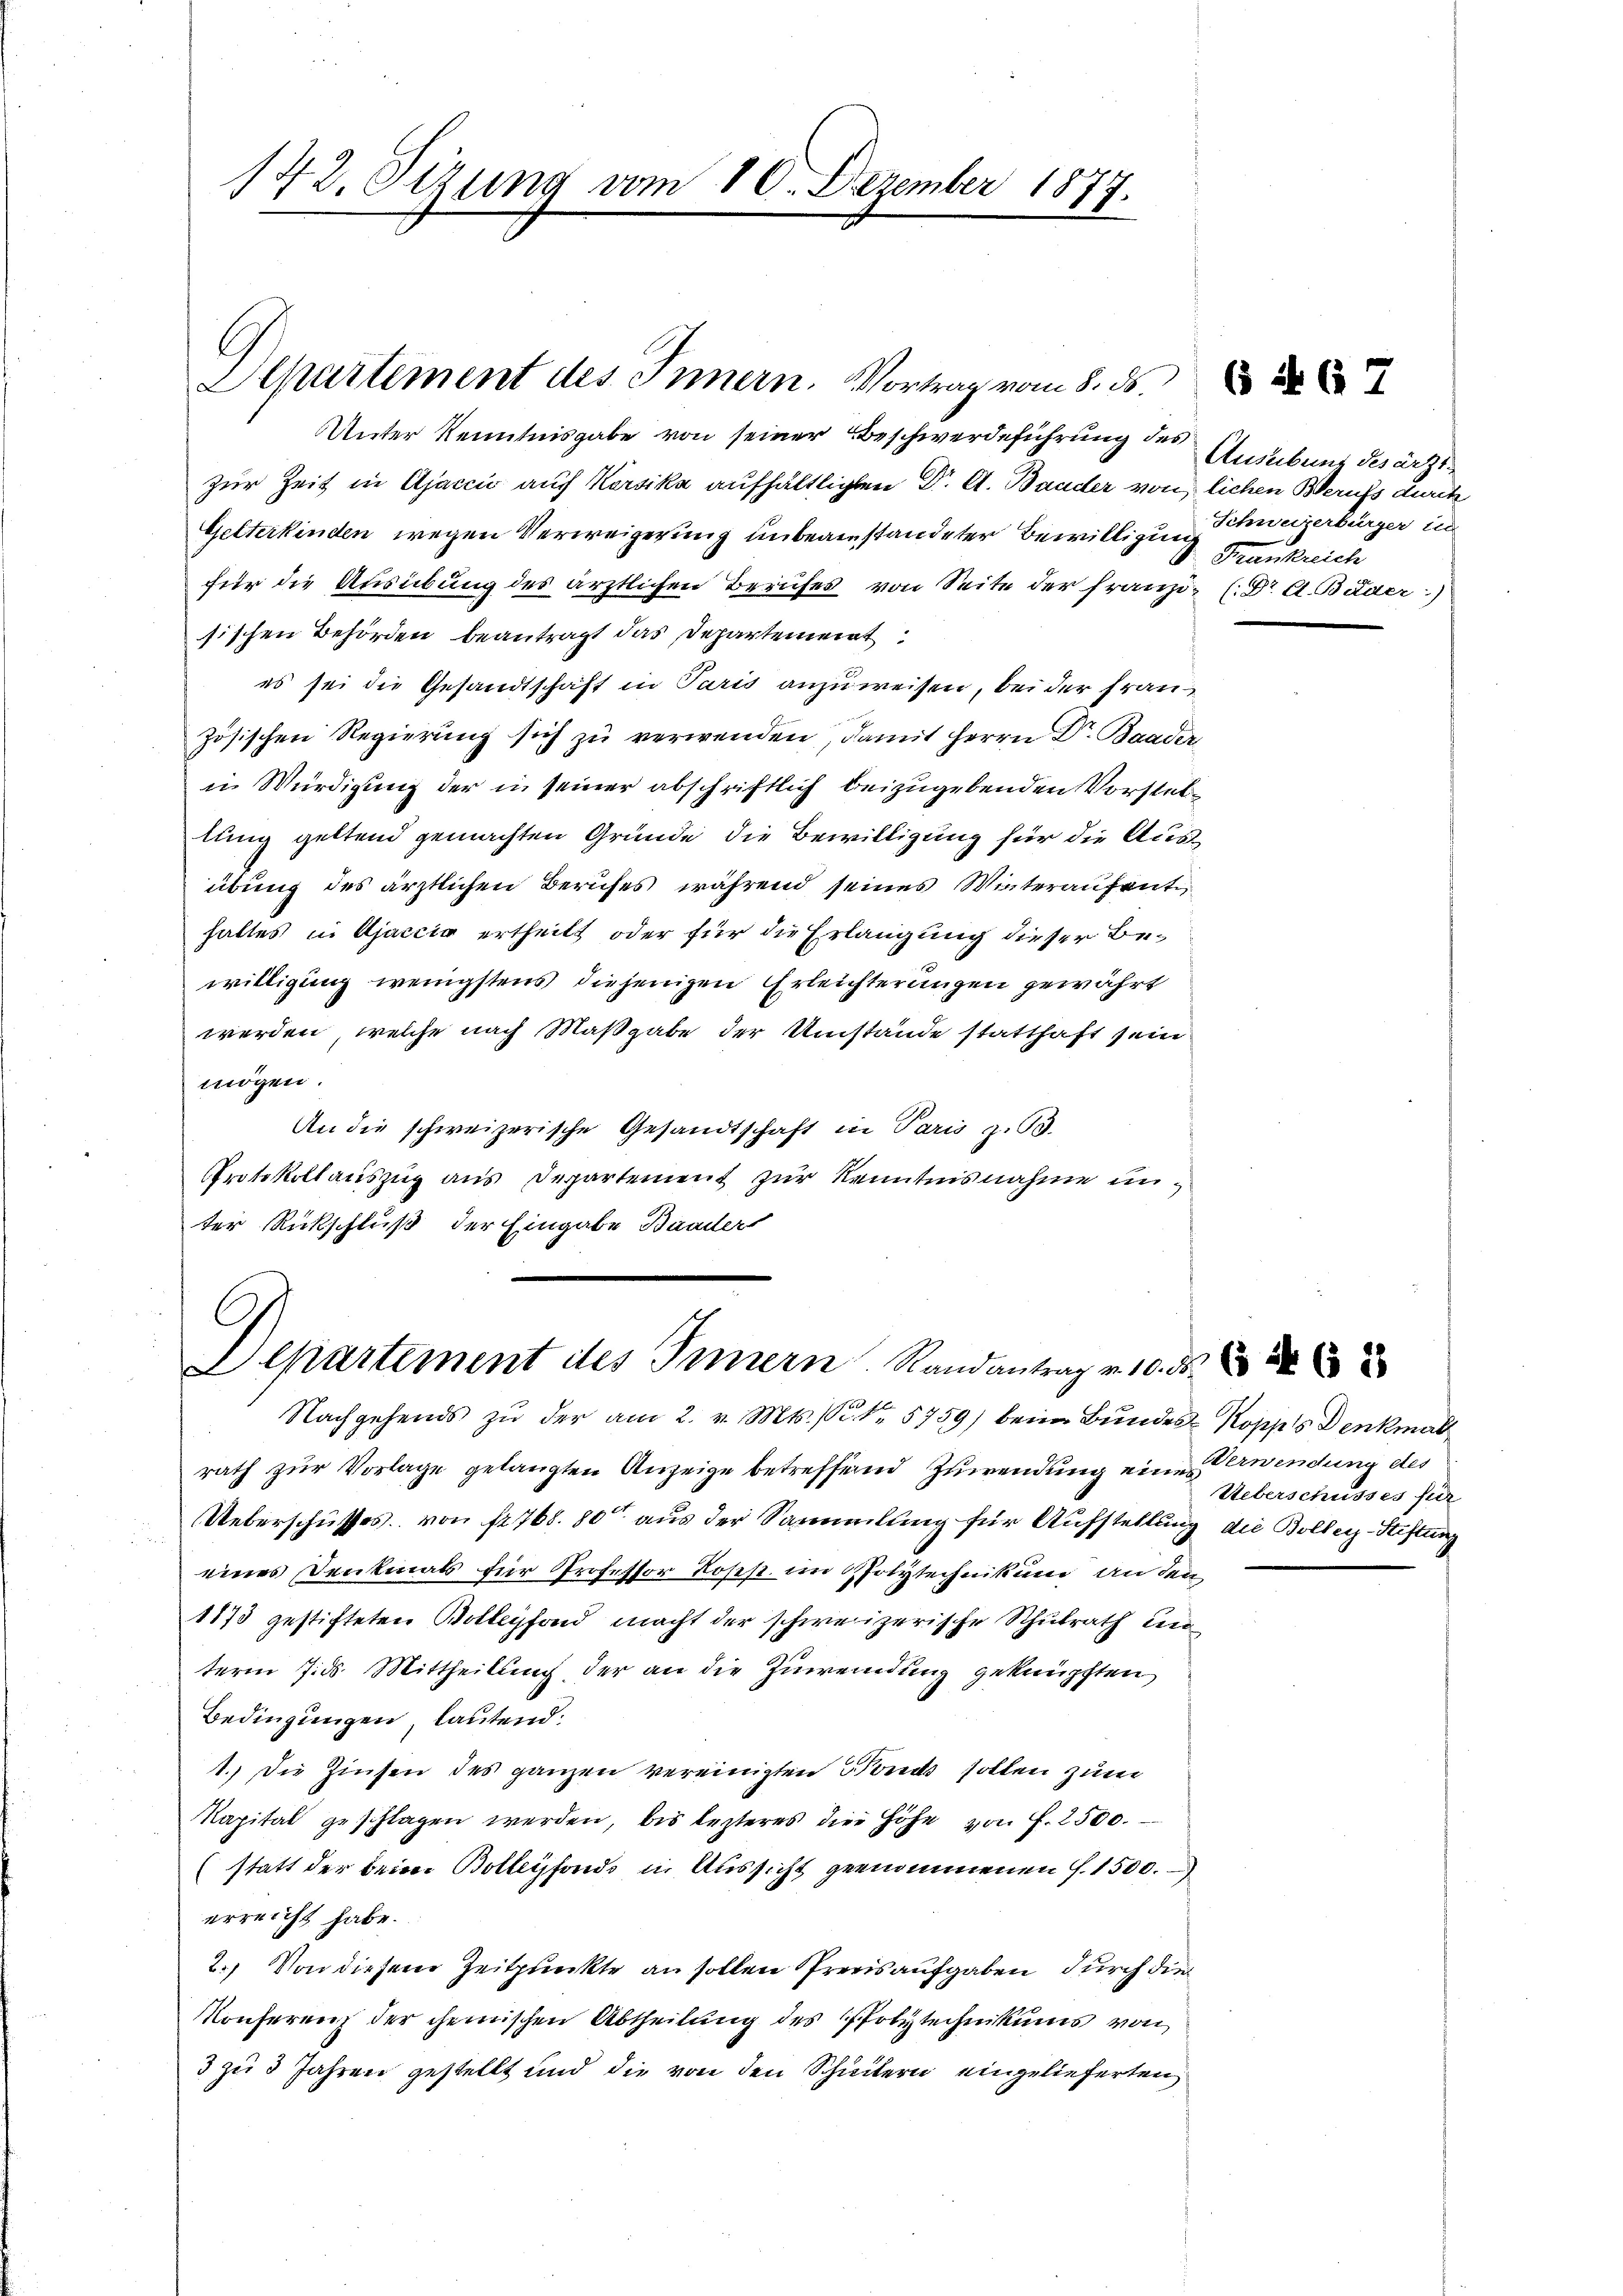
172. Sezung vom 10. Dezember 1877.

Unter Kenntnisgabe von seiner Beschwerdeführung des
zur Zeit in Ajaccić auf Korsika aufhältlichen Dr. A. Bander von lichen Berufs durch
Gelterkinden wegen Verweigerung unbeanstandeter Bewilligung
für die Ausübung des ärztlichen Berufes von Seite der franzi- (Dr. C. Bäder)
sischen Behörden beantragt das Departement
es sei die Gesandtschaft in Paris anzuweisen, bei der Frauzösischen Regierŭng sich zu verwenden, damit Herrn Dr. Baader
i Würdigung der in seiner abschriftlich beizugebenden Vorsteltung geltend gemachten Gründe, die Bewilligung für die Ausübung des ärztlichen Berufes während seines Winteraufent
haltes in Ajaccia ertheilt oder für die Erlangung dieser Be-
willigung wenigstens diejenigen Erleichterungen gewährt
werden, welche nach Maßgabe der Umstände statthaft sein
mögen.
An die schweizerische Gesandtschaft in Paris zu 3.
Protokollauszug aus Departement zur Kenntnisnahme unter Rückschluß der Eingabe Baader

G
Apartement des Innern. Vortrag vom 8. ds.

l
Departement des Innern. Randantrag v. 10.

Nachgehends zŭ der am 2. v. Mts. S. Nr. 5759) beim Bundes-Koppis Denkmal
rath zur Vorlage gelangten Anzeige betreffend Zuwendung eine erwendung des
Ueberschusses von fr. 768. 80 aus der Sammlung für Aufstellung die Boller-Stiftung
.
eines Denkmals für Professor Loses im Polytechnikum an den
1173 gestifteten Bollenfond macht der schweizerische Schulrath un
term 7.ds. Mittheilung der an die Zuwendung geknüpften
Bedingungen, lautend:
1.) Die Zinsen des ganzen vereinigten Fonds sollen zum
Kapital geschlagen werden, bis lezteres die Höhe von f. 2500.
(statt der beim Bollenfonds in Aussicht genommenen S. 1500.-,
erreicht habe.
2.) Von diesem Zeitpunkte an sollen Preis aufgaben durch die
Konferenz der chemischen Abtheilung des Polytechnikums von
3 zu 3 Jahren gestellt und die von den Schultern eingelieferten

6 § 67

Ausübung desärzt
Schweizerbürger in
 Frankreich

.

262

Ueberschusses für